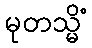
မုတသ္မိံ